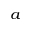
_ a